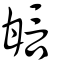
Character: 𤯆